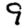
Digit: 9